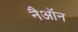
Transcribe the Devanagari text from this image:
नैऑन